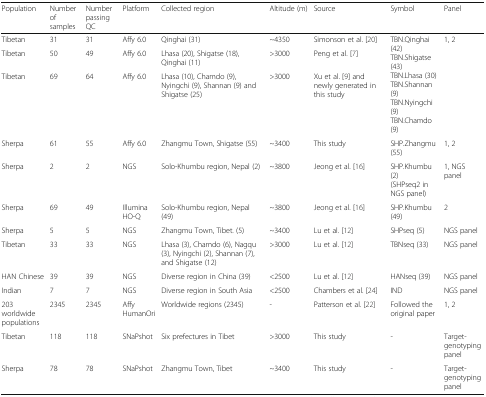
| Population | Number of samples | Number passing QC | Platform | Collected region | Altitude (m) | Source | Symbol | Panel |
 | --- | --- | --- | --- | --- | --- | --- | --- | --- |
 | Tibetan | 31 | 31 | Affy 6.0 | Qinghai (31) | ~4350 | Simonson et al. [20] | <ROWSPAN=3> TBN.Qinghai (42)TBN.Shigatse (43)TBN.Lhasa (30)TBN.Shannan (9)TBN.Nyingchi (9)TBN.Chamdo (9) | <ROWSPAN=3> 1, 2 |
 | Tibetan | 50 | 49 | Affy 6.0 | Lhasa (20), Shigatse (18), Qinghai (11) | >3000 | Peng et al. [7] |
 | Tibetan | 69 | 64 | Affy 6.0 | Lhasa (10), Chamdo (9), Nyingchi (9), Shannan (9) and Shigatse (25) | >3000 | Xu et al. [9] and newly generated in this study |
 | Sherpa | 61 | 55 | Affy 6.0 | Zhangmu Town, Shigatse (55) | ~3400 | This study | SHP.Zhangmu (55) | 1, 2 |
 | Sherpa | 2 | 2 | NGS | Solo-Khumbu region, Nepal (2) | ~3800 | Jeong et al. [16] | SHP.Khumbu (2)(SHPseq2 in NGS panel) | 1, NGS panel |
 | Sherpa | 69 | 49 | Illumina HO-Q | Solo-Khumbu region, Nepal (49) | ~3800 | Jeong et al. [16] | SHP.Khumbu (49) | 2 |
 | Sherpa | 5 | 5 | NGS | Zhangmu Town, Tibet. (5) | ~3400 | Lu et al. [12] | SHPseq (5) | NGS panel |
 | Tibetan | 33 | 33 | NGS | Lhasa (3), Chamdo (6), Nagqu (3), Nyingchi (2), Shannan (7), and Shigatse (12) | >3000 | Lu et al. [12] | TBNseq (33) | NGS panel |
 | HAN Chinese | 39 | 39 | NGS | Diverse region in China (39) | <2500 | Lu et al. [12] | HANseq (39) | NGS panel |
 | Indian | 7 | 7 | NGS | Diverse region in South Asia | <2500 | Chambers et al. [24] | IND | NGS panel |
 | 203 worldwide populations | 2345 | 2345 | Affy HumanOri | Worldwide regions (2345) | - | Patterson et al. [22] | Followed the original paper | 1, 2 |
 | Tibetan | 118 | 118 | SNaPshot | Six prefectures in Tibet | >3000 | This study | - | Target-genotyping panel |
 | Sherpa | 78 | 78 | SNaPshot | Zhangmu Town, Tibet | ~3400 | This study | - | Target-genotyping panel |